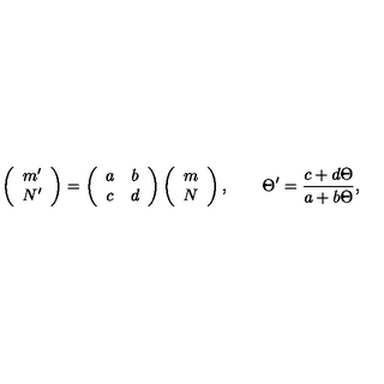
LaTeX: \left( \begin{array} { c } { m ^ { \prime } } \\ { N ^ { \prime } } \\ \end{array} \right) = \left( \begin{array} { c c } { a } & { b } \\ { c } & { d } \\ \end{array} \right) \left( \begin{array} { c } { m } \\ { N } \\ \end{array} \right) , \qquad \Theta ^ { \prime } = \frac { c + d \Theta } { a + b \Theta } ,